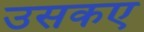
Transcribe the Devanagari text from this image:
उसकए